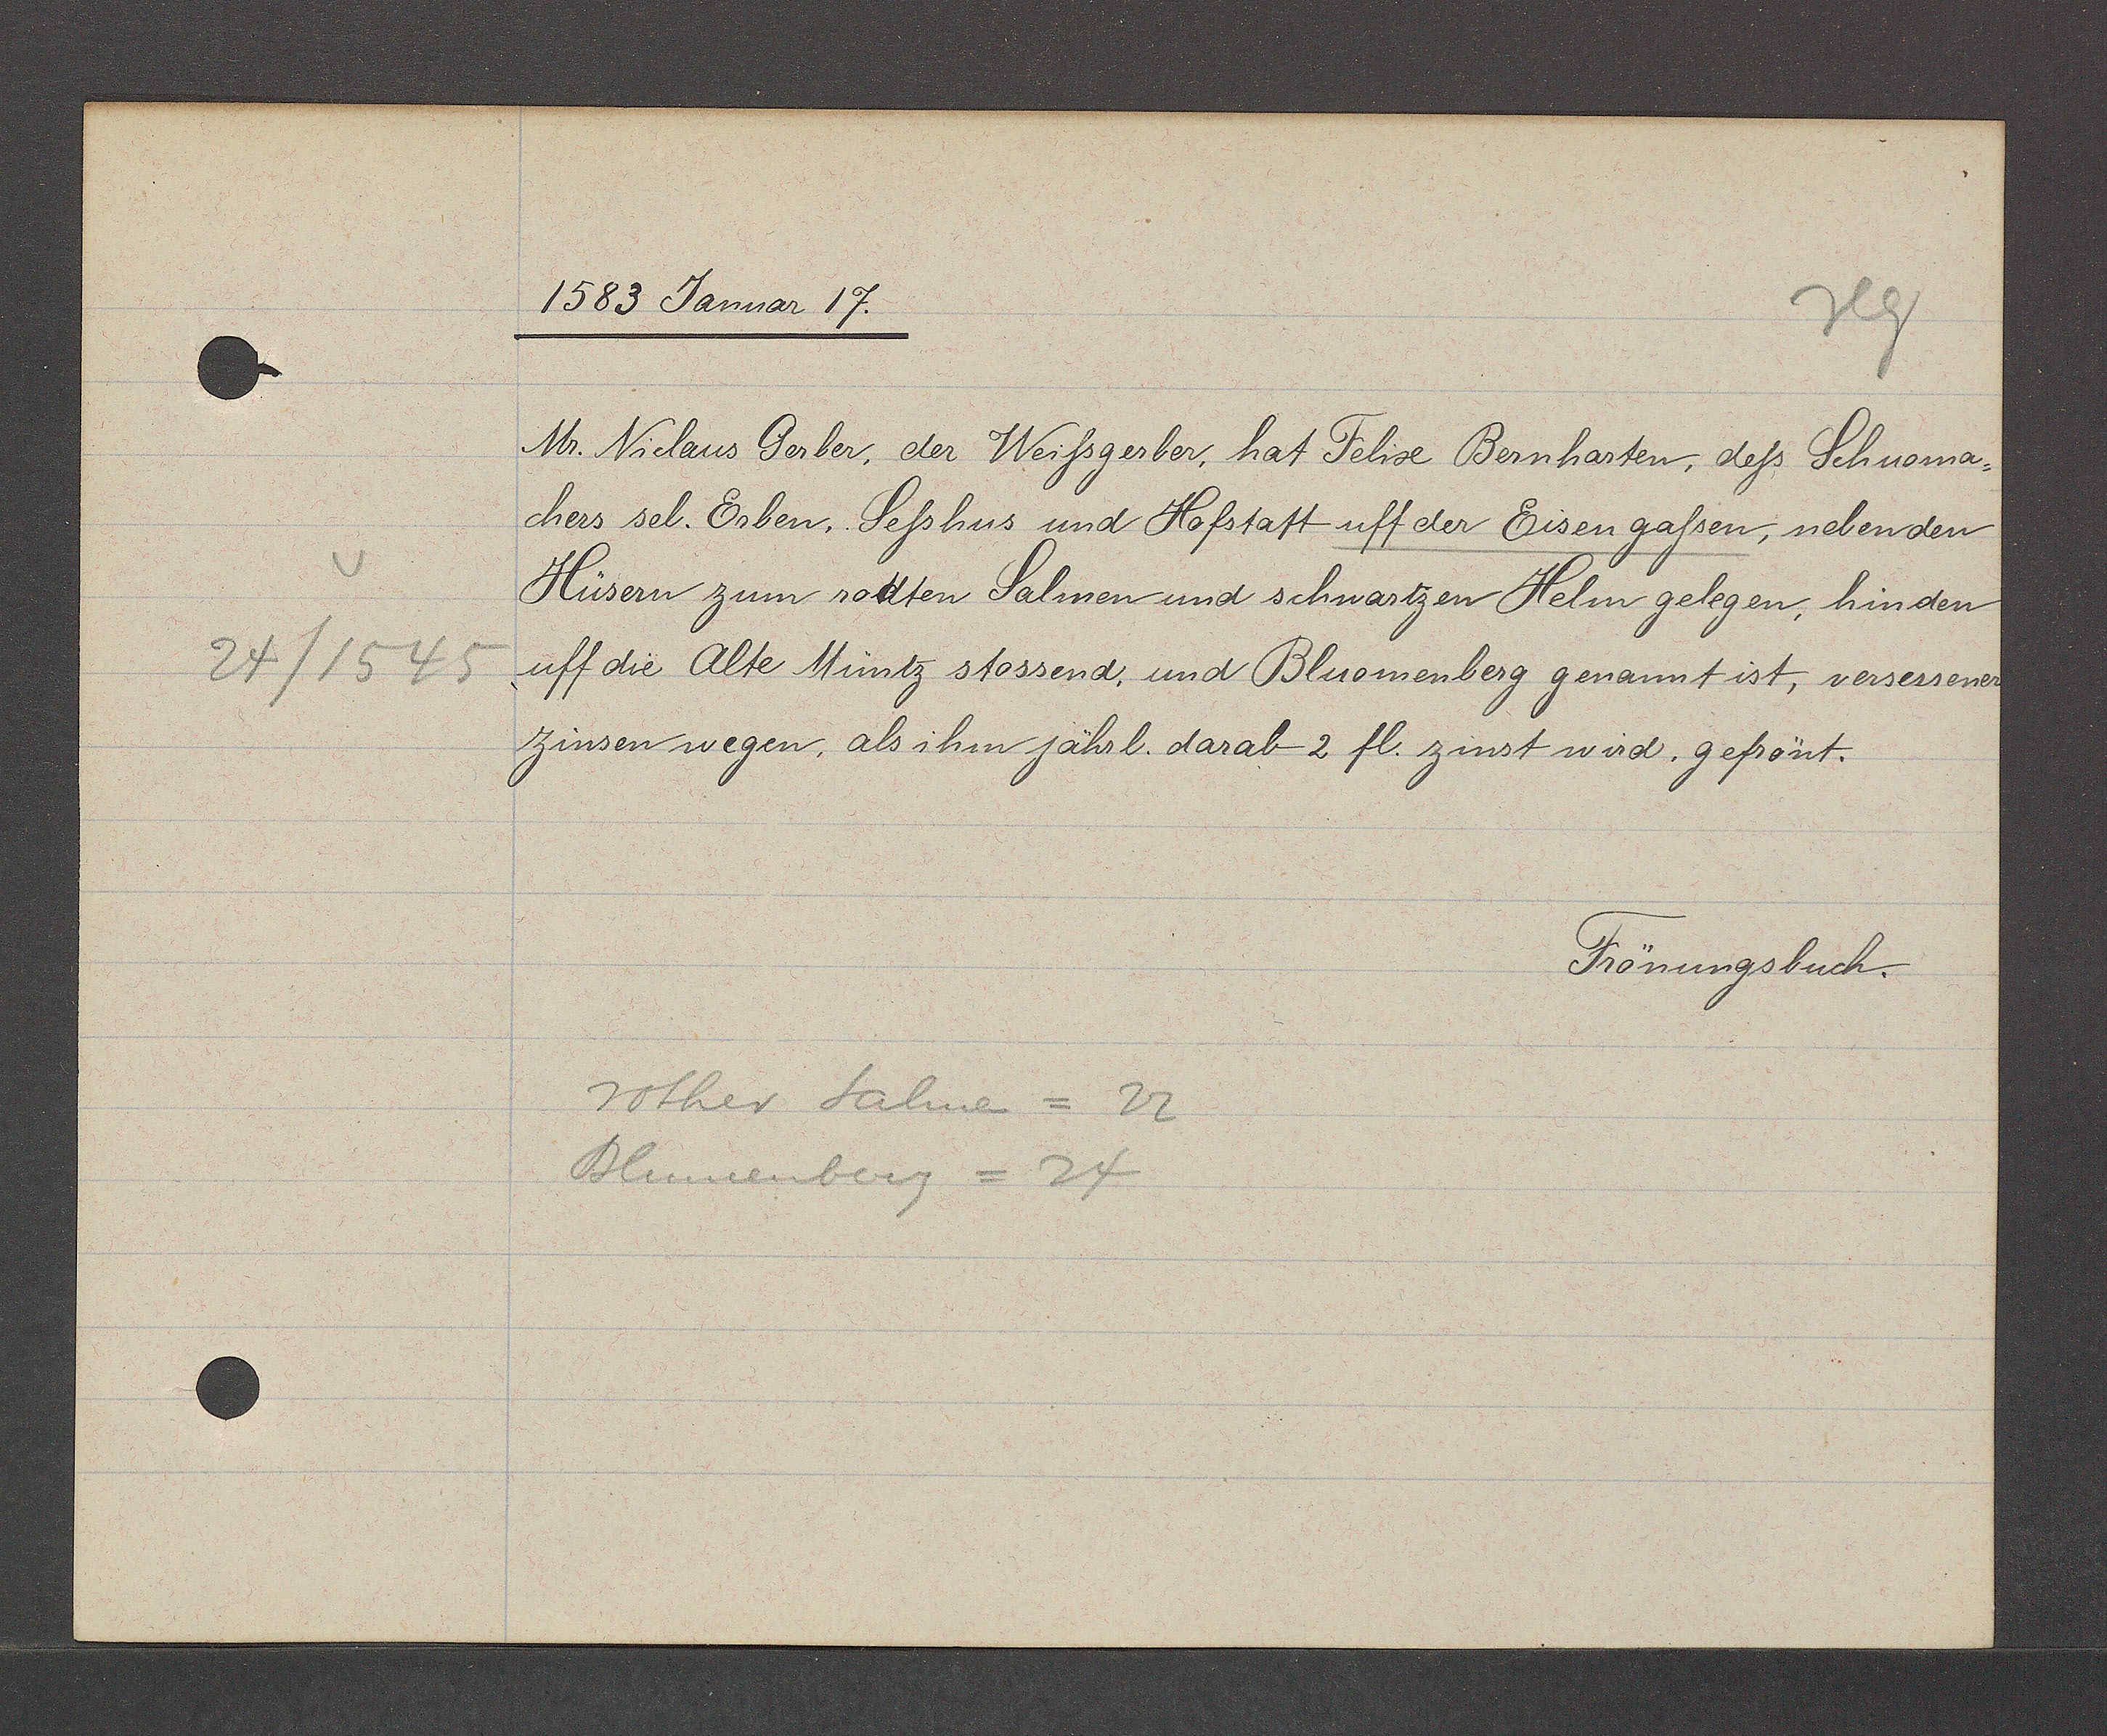
Transcript:
24/1545

1583 Januar 17.
Mr. Niclaus Gerber, der Weißgerber, hat Felix Bernharten; deß Schuoma¬
chers sel. Erben. Seßhus und Hofstatt uff der Eisengaßen, nebenden
Hüsern zum rotten Salmen und schwartzen Helm gelegen, hinden
uff die Alte Müntz stossend, und Bluemenberg genannt ist, versessener
zinsen wegen, als ihm jährl. darab 2 fl. zinst wird. gefrönt.
Frönungsbuch.
rother Salmen = 22
Blumenberg = 24